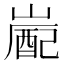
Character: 嶏